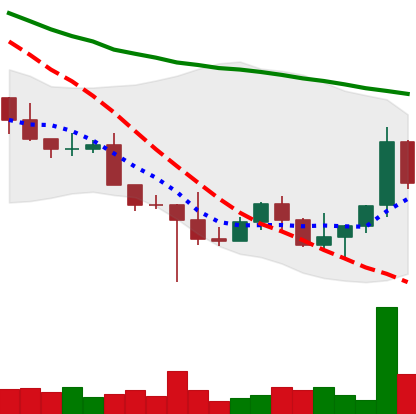
Ticker: NEO-USD
Chart end date: 2022-10-24
Forward return: 7.411%
Label: up_7plus